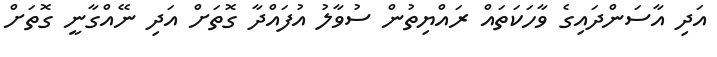
އަދި އާސަންދައިގެ ވާހަކަަތައް ރައްޔިތުން ސުވާލު އުފައްދާ ގޮތަށް އަދި ނޭއްގާނީ ގޮތަށް